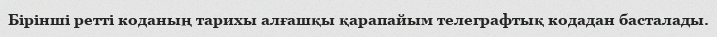
Бірінші ретті коданың тарихы алғашқы қарапайым телеграфтық кодадан басталады.